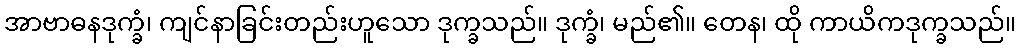
အာဗာဓနဒုက္ခံ၊ ကျင်နာခြင်းတည်းဟူသော ဒုက္ခသည်။ ဒုက္ခံ၊ မည်၏။ တေန၊ ထို ကာယိကဒုက္ခသည်။